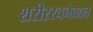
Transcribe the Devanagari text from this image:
शरीररचनेबद्दल